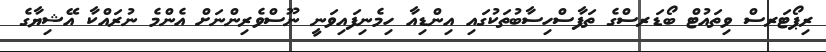
ރިޕޯޓަރސް ވިތައުޓް ބޯޑަރސްގެ ތަފާސްހިސާބުތަކުގައި އިންޑިއާ ހިމެނިފައިވަނީ ނޫސްވެރިންނަށް އެންމެ ނުރައްކާ އޭޝިޔާގެ